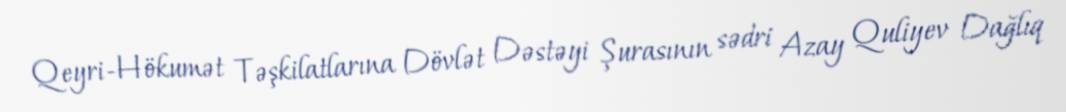
Qeyri-Hökumət Təşkilatlarına Dövlət Dəstəyi Şurasının sədri Azay Quliyev Dağlıq